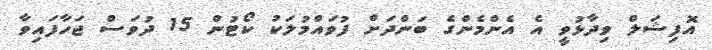
އޮފިޝަލް ވިދާޅުވީ އެ އެންމެންގެ ބަންދަށް ފުވައްމުލަކު ކޯޓުން 15 ދުވަސް ޖަހާފައިވާ